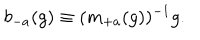
b _ { - a } ( g ) \equiv ( m _ { + a } ( g ) ) ^ { - 1 } g .